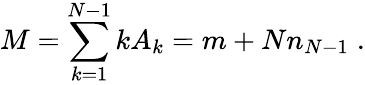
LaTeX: M=\sum_{k=1}^{N-1}kA_{k}=m+Nn_{N-1}\; .